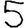
Digit: 5